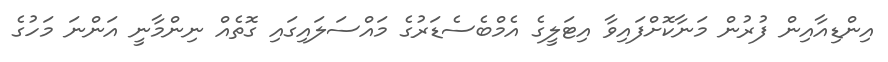
އިންޑިއާއިން ފުރުން މަނާކޮށްފައިވާ އިޓަލީގެ އެމްބެސެޑަރުގެ މައްސަލައިގައި ގޮތެއް ނިންމާނީ އަންނަ މަހުގެ